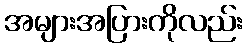
အများအပြားကိုလည်း